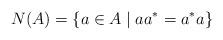
LaTeX: \begin{align*} N(A) = \{ a \in A \mid aa^* = a^*a \}\end{align*}